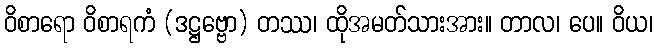
ဝိစာရော ဝိစာရကံ (ဒဋ္ဌဗ္ဗော) တဿ၊ ထိုအမတ်သားအား။ တာလ၊ ပေ။ ဝိယ၊